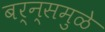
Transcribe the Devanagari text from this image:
बर्न्समुळे